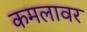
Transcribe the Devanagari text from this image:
कमलावर